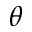
\theta